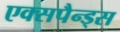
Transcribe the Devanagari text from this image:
एक्सपैन्ड्स